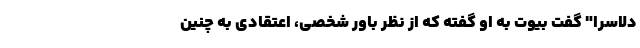
دلاسرا" گفت بیوت به او گفته كه از نظر باور شخصی، اعتقادی به چنین